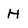
Character: H